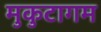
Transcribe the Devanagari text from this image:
मुकुटागम